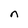
Character: n